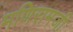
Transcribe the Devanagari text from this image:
मणिरामजी